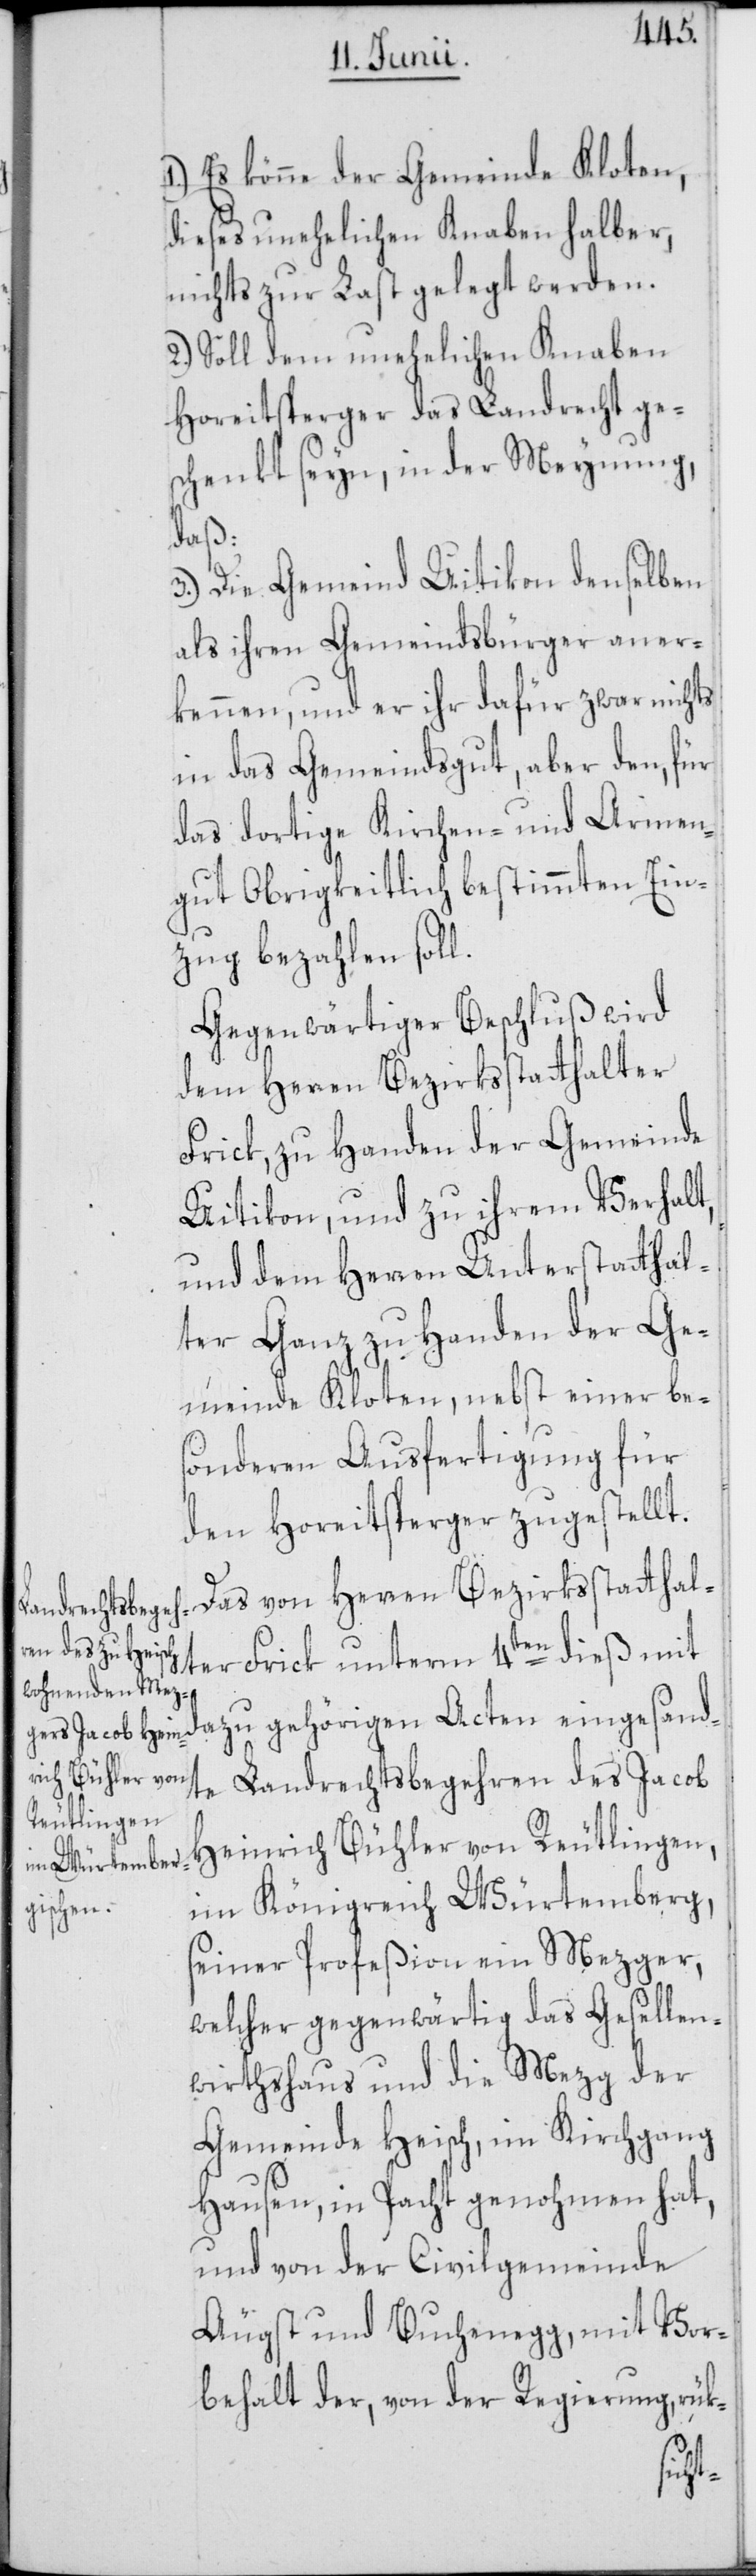
1.) Es könne der Gemeinde Kloten,
dieses unehelichen Knaben halber,
nichts zur Last gelegt werden.
2.) Soll dem unehelichen Knaben
Horeitsperger das Landrecht ges¬
chenkt seyn, in der Meynung,
daß:
3.) Die Gemeind Uitikon denselben
als ihren Gemeindsbürger aner¬
kennen, und er ihr dafür zwar nichts
in das Gemeindsgut, aber den, für
das dortige Kirchen- und Armen¬
gut Obrigkeitlich bestimmten Ein¬
zug bezahlen soll.
Gegenwärtiger Beschluß wird
dem Herren Bezirksstatthalter
Frick, zu Handen der Gemeinde
Uitikon, und zu ihrem Verhalt,
und dem Herren Unterstatthal¬
ter Ganz zu Handen der Ge¬
meinde Kloten, nebst einer be¬
sonderen Ausfertigung für
den Horeitsperger zugestellt.
Das von Herren Bezirksstatthal¬
ter Frick unterm 4ten dieß mit
dazu gehörigen Acten eingesand¬
te Landrechtsbegehren des Jacob
Heinrich Bühler von Reutlingen,
im Königreich Würtemberg,
seiner Profeßion ein Mezger,
welcher gegenwärtig das Gesellen¬
wirthshaus und die Mezg der
Gemeinde Heisch, im Kirchgang
Hausen, in Pacht genohmen hat,
und von der Civilgemeinde
Äugst und Buchenegg, mit Vor¬
behalt der, von der Regierung, rük-